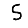
Digit: 5